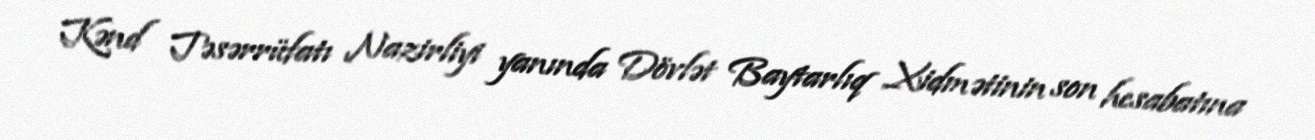
Kənd Təsərrüfatı Nazirliyi yanında Dövlət Baytarlıq Xidmətinin son hesabatına